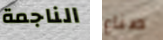
الناجمة صناع